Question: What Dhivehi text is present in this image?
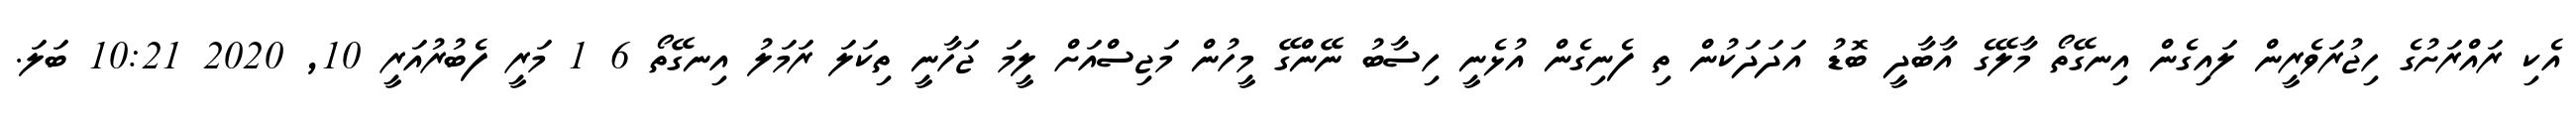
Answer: އެކި ރައްރަށުގެ ހިޖުރަވެރީން ލައިގެން އިނގޭތޯ މާލޭގެ އާބާދީ ބޮޑު އަދަދަކުން ތި ފެނިގެން އުޅެނީ ހިސާބު ނޭންގޭ މީހުން މަޖިސްއަށް ލީމަ ޖަހާނީ ތިކަލަ ރަމަލު އިނގޭތޯ 6 1 މަރީ ފެބުރުއަރީ 10, 2020 10:21 ބަލަ.